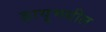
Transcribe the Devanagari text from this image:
द्रायूमधील